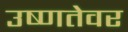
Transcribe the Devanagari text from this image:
उष्णतेवर